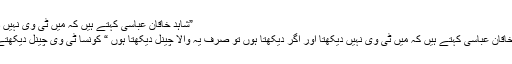
”شاہد خاقان عباسی کہتے ہیں کہ میں ٹی وی نہیں دیکھتا
”شاہد خاقان عباسی کہتے ہیں کہ میں ٹی وی نہیں دیکھتا اور اگر دیکھتا ہوں تو صرف یہ والا چینل دیکھتا ہوں “ کونسا ٹی وی چینل دیکھتے ہیں؟